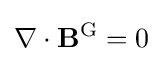
\nabla \cdot \mathbf {B} ^{\text{G}}=0